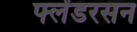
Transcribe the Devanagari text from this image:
फ्लेंडरसन